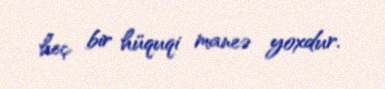
heç bir hüquqi maneə yoxdur.